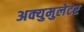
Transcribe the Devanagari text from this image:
अक्युमुलेटर